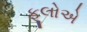
ફૂલોએ